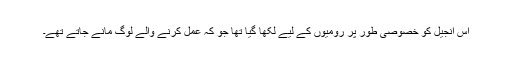
اِس انجیل کو خصوصی طور پر رومیوں کے لیے لکھا گیا تھا جو کہ عمل کرنے والے لوگ مانے جاتے تھے۔